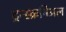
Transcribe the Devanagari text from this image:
ट्रन्स्क्रनिअल